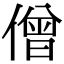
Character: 僧